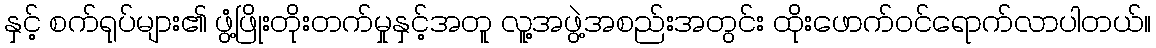
နှင့် စက်ရုပ်များ၏ ဖွံ့ဖြိုးတိုးတက်မှုနှင့်အတူ လူ့အဖွဲ့အစည်းအတွင်း ထိုးဖောက်ဝင်ရောက်လာပါတယ်။